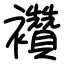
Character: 襸